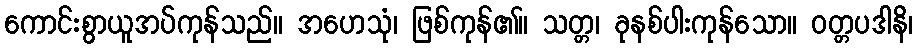
ကောင်းစွာယူအပ်ကုန်သည်။ အဟေသုံ၊ ဖြစ်ကုန်၏။ သတ္တ၊ ခုနစ်ပါးကုန်သော။ ဝတ္တပဒါနိ၊